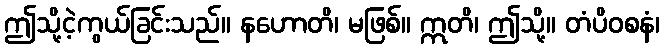
ဤသို့ငဲ့ကွယ်ခြင်းသည်။ နဟောတိ၊ မဖြစ်။ ဣတိ၊ ဤသို့။ တံပိဝစနံ၊